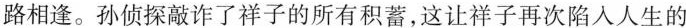
路相逢。孙侦探敲诈了祥子的所有积蓄，这让祥子再次陷人人生的